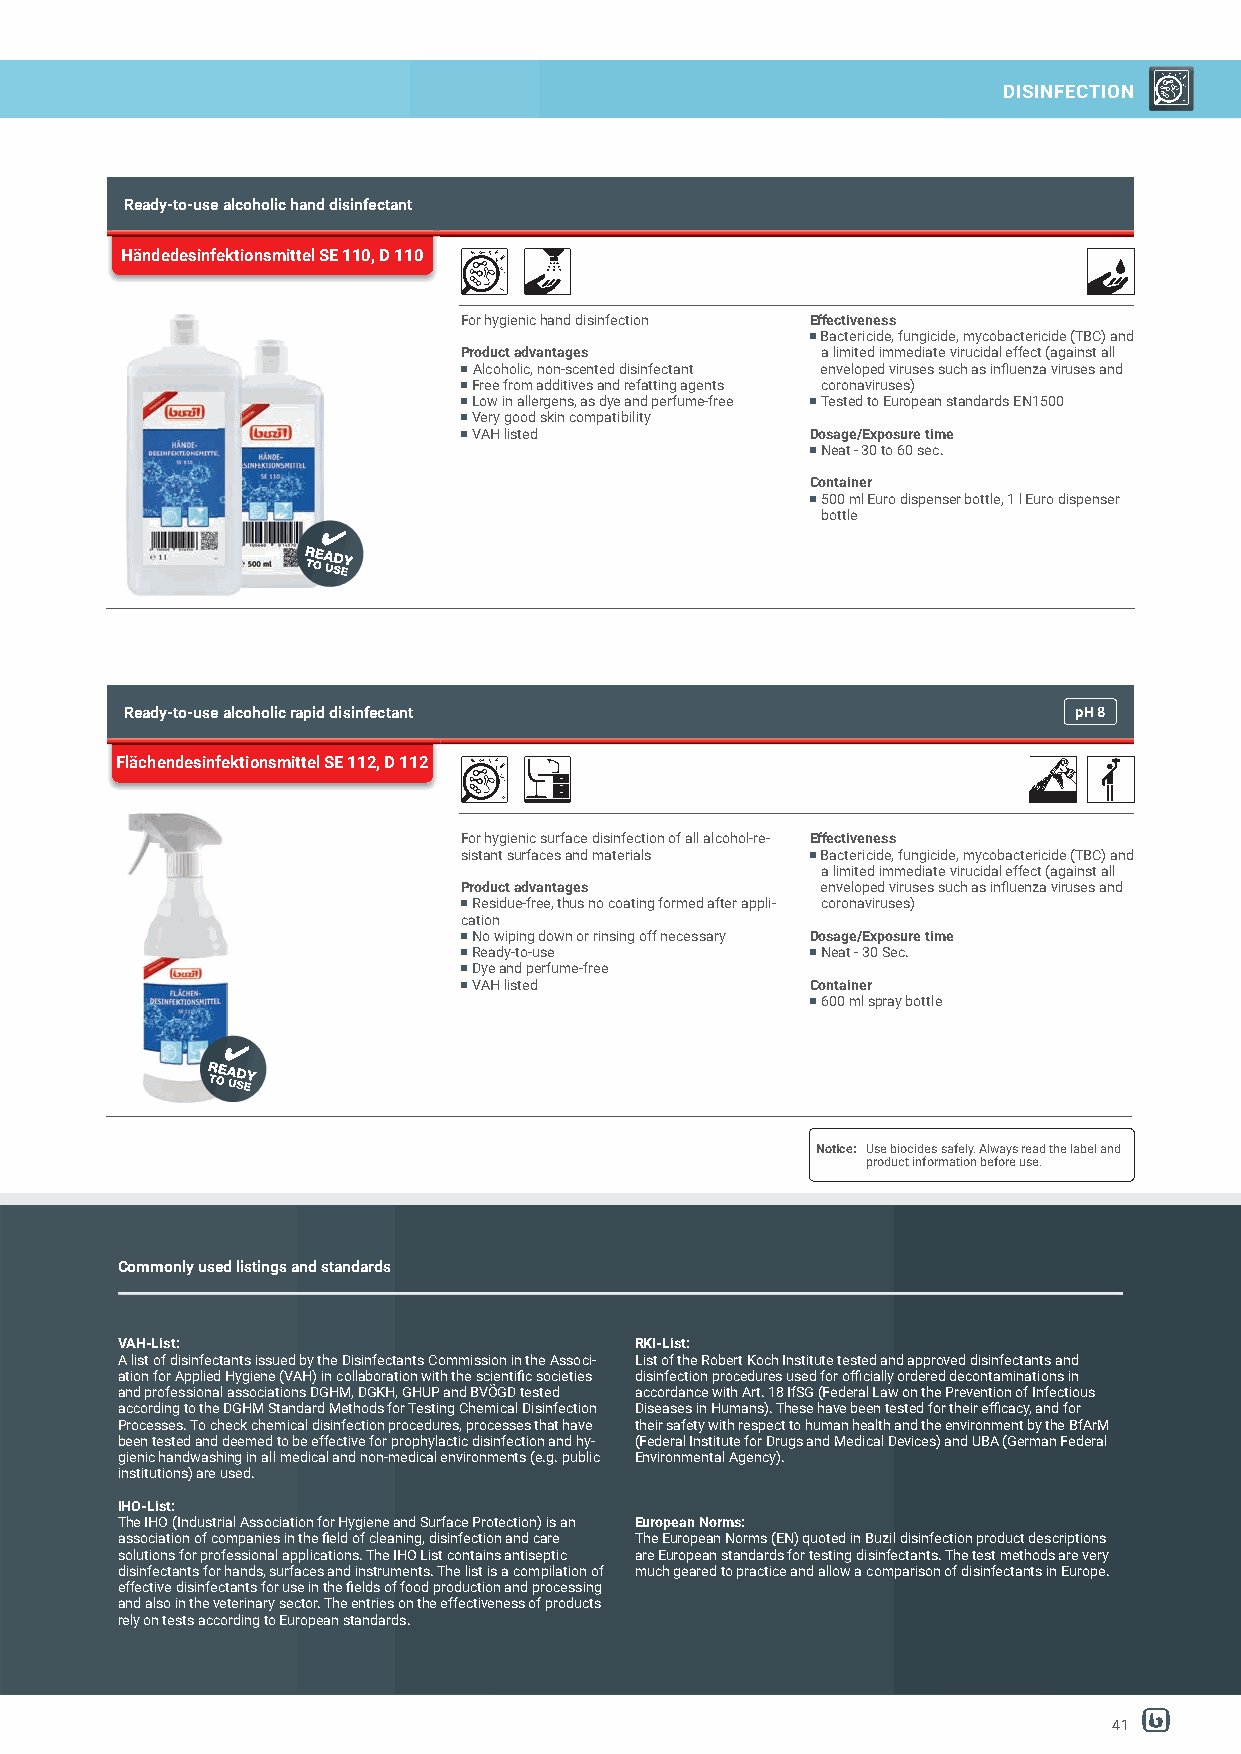
DISINFECTION
 Ready-to-use alcoholic hand disinfectant
 Händedesinfektionsmittel SE 110, D 110
 For hygienic hand disinfection Effectiveness
 Bactericide, fungicide, mycobactericide (TBC) and
 Product advantages      a limited immediate virucidal effect (against all
 Alcoholic, non-scented disinfectant enveloped viruses such as infl uenza viruses and
 Free from additives and refatting agents coronaviruses)
 Low in allergens, as dye and perfume-free Tested to European standards EN1500
 Very good skin compatibility
 VAH listed             Dosage/Exposure time
 Neat - 30 to 60 sec.
 Container
 500 ml Euro dispenser bottle, 1 l Euro dispenser
 bottle
 Ready-to-use alcoholic rapid disinfectant                      pH8
 Flächendesinfektionsmittel SE 112, D 112
 For hygienic surface disinfection of all alcohol-re- Effectiveness
 sistant surfaces and materials Bactericide, fungicide, mycobactericide (TBC) and
 a limited immediate virucidal effect (against all
 Product advantages      enveloped viruses such as infl uenza viruses and
 Residue-free, thus no coating formed after appli- coronaviruses)
 cation
 No wiping down or rinsing off necessary Dosage/Exposure time
 Ready-to-use           Neat - 30 Sec.
 Dye and perfume-free
 VAH listed             Container
 600 ml spray bottle
 Notice: Use biocides safely. Always read the label and
 product information before use.
 Commonly used listings and standards
 VAH-List:                         RKI-List:
 A list of disinfectants issued by the Disinfectants Commission in the Associ- List of the Robert Koch Institute tested and approved disinfectants and
 ation for Applied Hygiene (VAH) in collaboration with the scientifi c societies disinfection procedures used for offi cially ordered decontaminations in
 and professional associations DGHM, DGKH, GHUP and BVÖGD tested accordance with Art. 18 IfSG (Federal Law on the Prevention of Infectious
 according to the DGHM Standard Methods for Testing Chemical Disinfection Diseases in Humans). These have been tested for their effi cacy, and for
 Processes. To check chemical disinfection procedures, processes that have their safety with respect to human health and the environment by the BfArM
 been tested and deemed to be effective for prophylactic disinfection and hy- (Federal Institute for Drugs and Medical Devices) and UBA (German Federal
 gienic handwashing in all medical and non-medical environments (e.g. public Environmental Agency).
 institutions) are used.
 IHO-List:
 The IHO (Industrial Association for Hygiene and Surface Protection) is an European Norms:
 association of companies in the fi eld of cleaning, disinfection and care The European Norms (EN) quoted in Buzil disinfection product descriptions
 solutions for professional applications. The IHO List contains antiseptic are European standards for testing disinfectants. The test methods are very
 disinfectants for hands, surfaces and instruments. The list is a compilation of much geared to practice and allow a comparison of disinfectants in Europe.
 effective disinfectants for use in the fi elds of food production and processing
 and also in the veterinary sector. The entries on the effectiveness of products
 rely on tests according to European standards.
 41